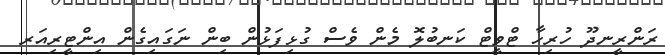
ރަންރީނދޫ ހުރިހާ ޓްވީޓް ކަނބުލޮ މެން ވެސް ގުޅިފަޅުން ބިން ނަގައިގެން އިންޓީރިއަރ